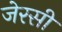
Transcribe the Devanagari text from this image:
जेरसी